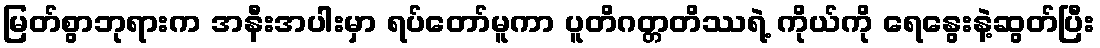
မြတ်စွာဘုရားက အနီးအပါးမှာ ရပ်တော်မူကာ ပူတိဂတ္တတိဿရဲ့ ကိုယ်ကို ရေနွေးနဲ့ဆွတ်ပြီး